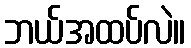
ဘယ်အထပ်လဲ။